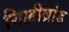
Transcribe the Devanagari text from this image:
गिल्लीब्रांड